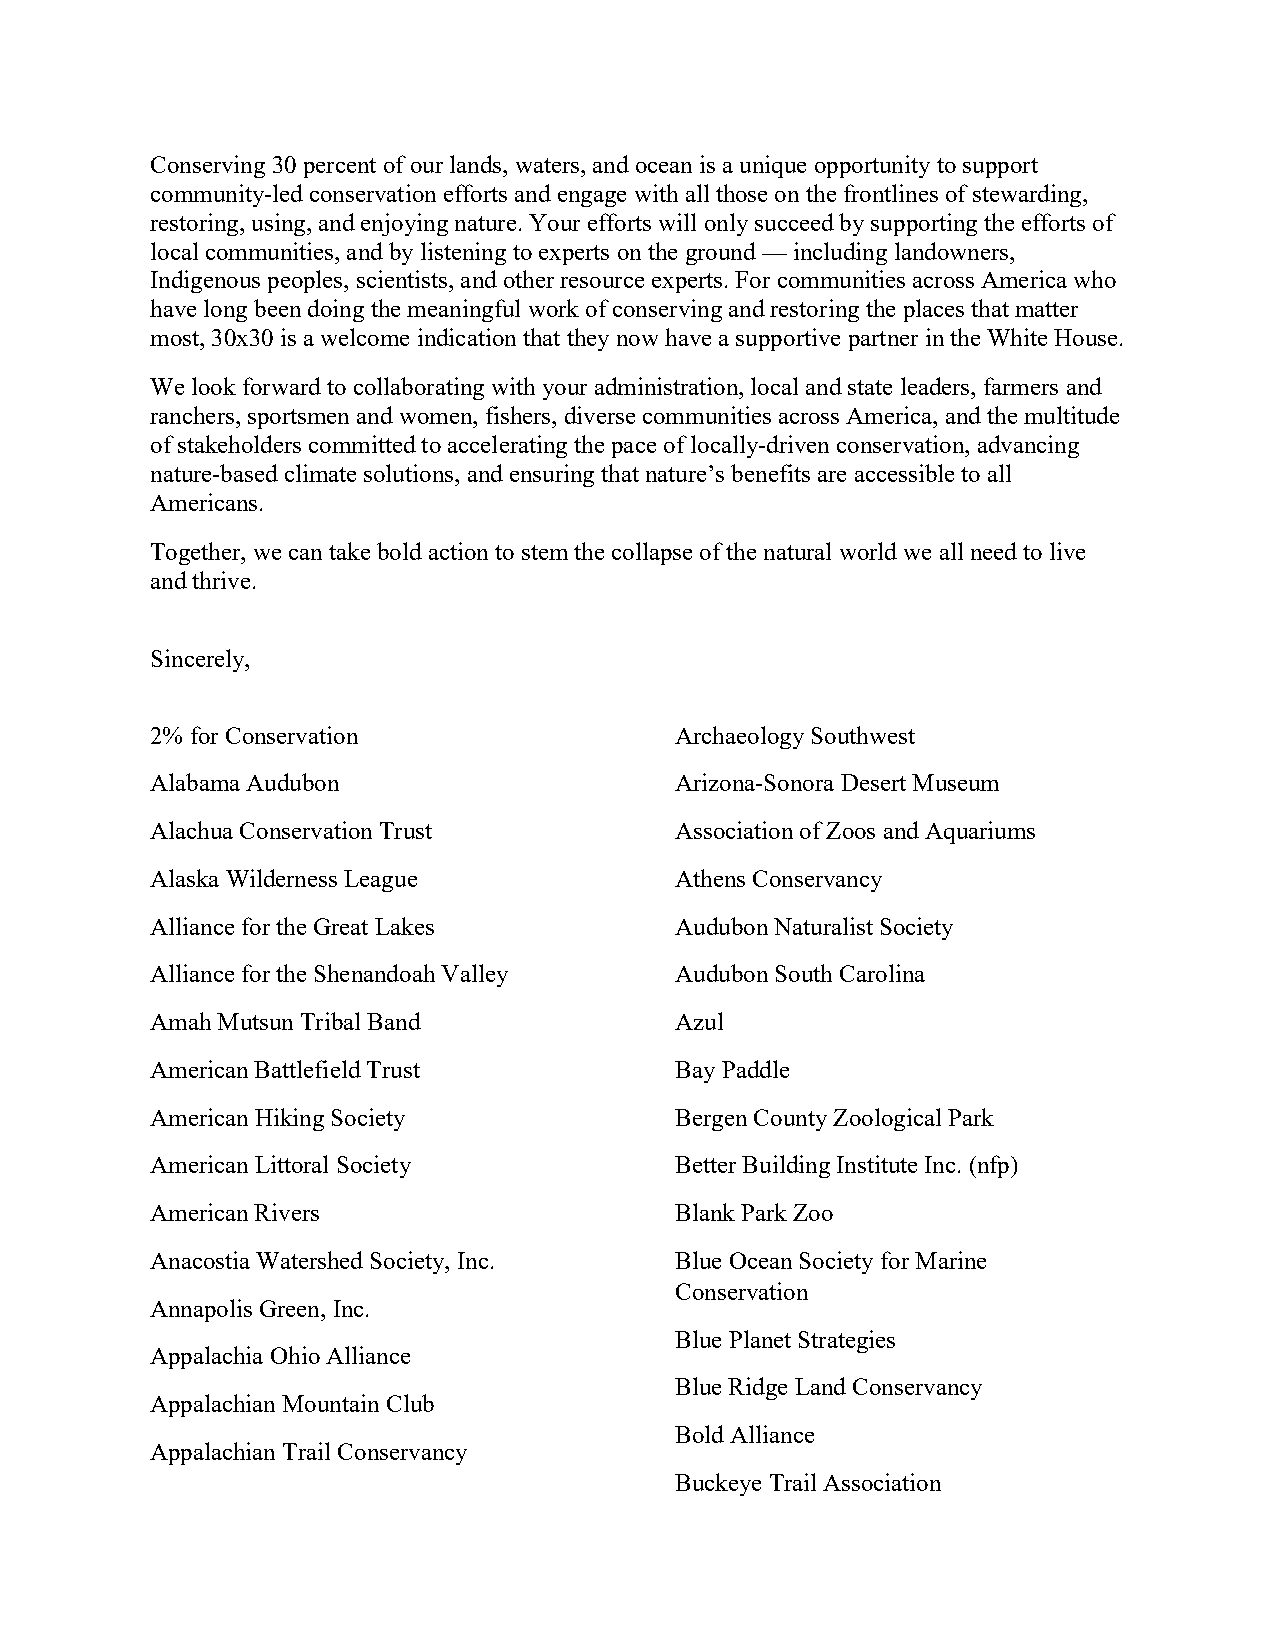
Conserving 30 percent of our lands, waters, and ocean is a unique opportunity to support
 community-led conservation efforts and engage with all those on the frontlines of stewarding,
 restoring, using, and enjoying nature. Your efforts will only succeed by supporting the efforts of
 local communities, and by listening to experts on the ground — including landowners,
 Indigenous peoples, scientists, and other resource experts. For communities across America who
 have long been doing the meaningful work of conserving and restoring the places that matter
 most, 30x30 is a welcome indication that they now have a supportive partner in the White House.
 We look forward to collaborating with your administration, local and state leaders, farmers and
 ranchers, sportsmen and women, fishers, diverse communities across America, and the multitude
 of stakeholders committed to accelerating the pace of locally-driven conservation, advancing
 nature-based climate solutions, and ensuring that nature’s benefits are accessible to all
 Americans.
 Together, we can take bold action to stem the collapse of the natural world we all need to live
 and thrive.
 Sincerely,
 2% for Conservation                Archaeology Southwest
 Alabama Audubon                    Arizona-Sonora Desert Museum
 Alachua Conservation Trust         Association of Zoos and Aquariums
 Alaska Wilderness League           Athens Conservancy
 Alliance for the Great Lakes       Audubon Naturalist Society
 Alliance for the Shenandoah Valley Audubon South Carolina
 Amah Mutsun Tribal Band            Azul
 American Battlefield Trust         Bay Paddle
 American Hiking Society            Bergen County Zoological Park
 American Littoral Society          Better Building Institute Inc. (nfp)
 American Rivers                    Blank Park Zoo
 Anacostia Watershed Society, Inc.  Blue Ocean Society for Marine
 Conservation
 Annapolis Green, Inc.
 Blue Planet Strategies
 Appalachia Ohio Alliance
 Blue Ridge Land Conservancy
 Appalachian Mountain Club
 Bold Alliance
 Appalachian Trail Conservancy
 Buckeye Trail Association